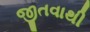
જીતવાથી